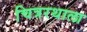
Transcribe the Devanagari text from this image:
चित्ररथाला